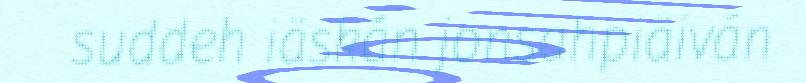
suddeh iäskán jonsahpiäiván